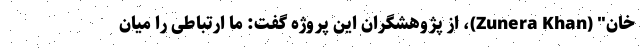
خان" (Zunera Khan)، از پژوهشگران این پروژه گفت: ما ارتباطی را میان